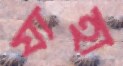
যাহা